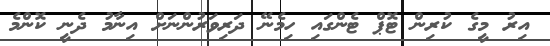
އިރު މީގެ ކުރިން ޓޮޕް ޓެންގައި ހިމެނޭ ދަރިވަރުންނަށް އިނާމު ދެނީ ކޮންމެ